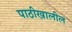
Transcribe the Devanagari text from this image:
पाठीखालील